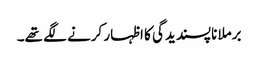
برملا ناپسندیدگی کا اظہار کرنے لگے تھے۔